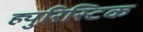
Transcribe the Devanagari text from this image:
ह्युरिस्टिक